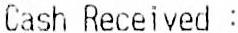
CASH RECEIVED :